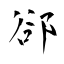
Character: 郤